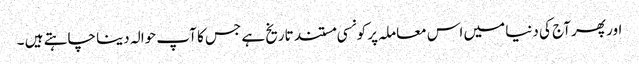
اور پھر آج کی دنیا میں اس معاملہ پر کونسی مستند تاریخ ہے جس کا آپ حوالہ دینا چاہتے ہیں ۔